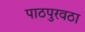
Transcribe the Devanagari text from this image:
पाठपुरवठा